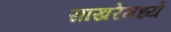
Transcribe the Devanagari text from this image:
साखरेमध्ये